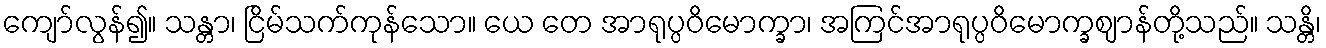
ကျော်လွန်၍။ သန္တာ၊ ငြိမ်သက်ကုန်သော။ ယေ တေ အာရုပ္ပဝိမောက္ခာ၊ အကြင်အာရုပ္ပဝိမောက္ခဈာန်တို့သည်။ သန္တိ၊